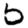
Digit: 5